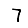
Digit: 7